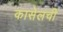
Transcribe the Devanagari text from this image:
कासेलची